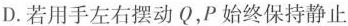
D.若用手左右摆动Q，P始终保持静止